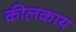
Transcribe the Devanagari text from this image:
कीलकाय